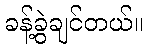
ခန့်ခွဲချင်တယ်။